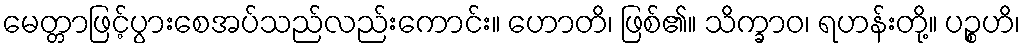
မေတ္တာဖြင့်ပွားစေအပ်သည်လည်းကောင်း။ ဟောတိ၊ ဖြစ်၏။ သိက္ခာဝ၊ ရဟန်းတို့။ ပဉ္စဟိ၊